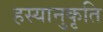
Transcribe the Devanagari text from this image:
हस्यानुकृति